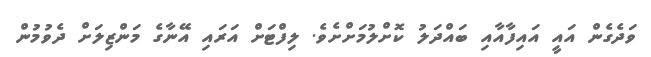
ވަދެގެން އައީ އައިފާއާއި ބައްދަލު ކޮށްލުމަށްށެވެ. ލިފްޓަށް އަރައި އޭނާގެ މަންޒިލަށް ދެވުމުން